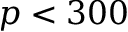
p < 3 0 0